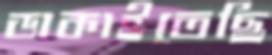
ডাকাইতেছি